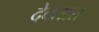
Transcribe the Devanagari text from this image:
देवतात